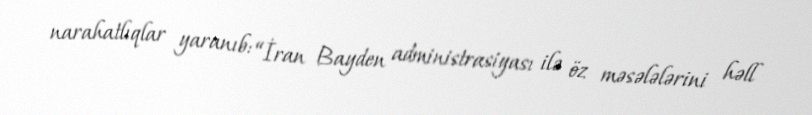
narahatlıqlar yaranıb: “İran Bayden administrasiyası ilə öz məsələlərini həll